Insane asylums in Bengal annual reports 1876-1887 - 1876-1887
Year: 1876
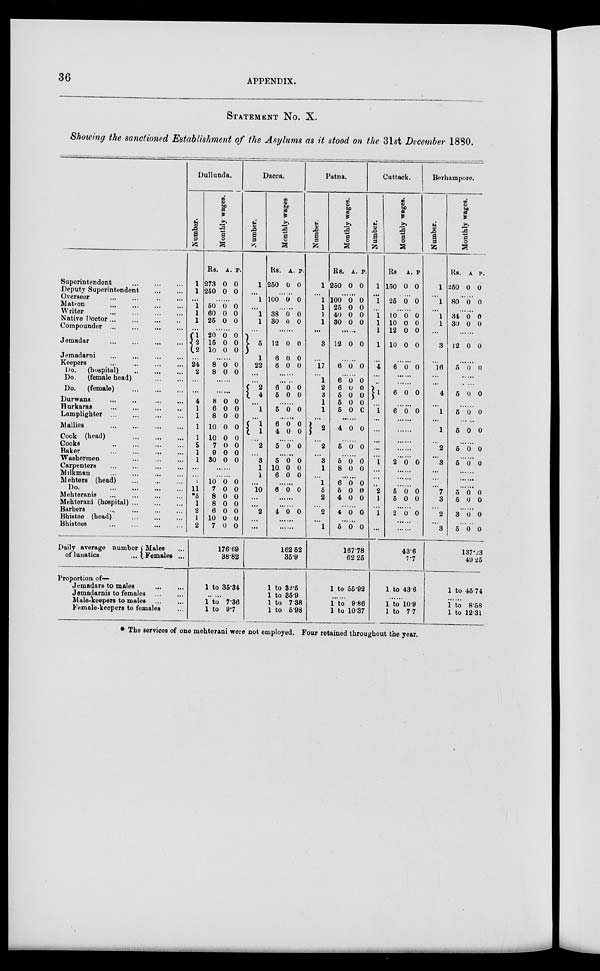
36
APPENDIX.
STATEMENT No. X.
Showing the sanctioned Establishment of the Asylums as it stood on the 31st December 1880.
Superintendent
...
...
...
...
Deputy Superintendent ... ...
Overseer ... ... ... ...
Matron
...
...
...
...
Writer
...
...
...
...
Native Doctor ... ... ... ...
Compounder ...
...
Jemadar ... ... ... ...
Jemadarni ... ... ... ...
Keepers ... ... ... ...
Do.
(hospital) ... ... ...
Do.
(female head) ... ... ...
Do.
(female)
...
...
...
...
Durwans
...
...
...
...
Hurkaras
...
...
...
...
Lamplighter ... ... ... ...
Mallies
...
...
...
...
Cook (head) ... ... ...
Cooks
...
...
...
...
Baker
...
...
...
...
Washermen ... ... ...
Carpenters
...
...
Milkman ... ... ... ...
Mehters (head) ... ... ...
Do.
...
...
...
...
Mehteranis
...
...
...
...
Mehterani (hospital) ... ... ...
Barbers
...
...
...
...
Bhistee (head)
...
...
...
...
Bhistees ... ... ... ...
Dullunda.
Number.
1
1
...
1
1
1
...
1
2 2
...
24
2
...
...
4
1
1
1
1
2
1
1
...
...
1
11
*5
1
2
1
2
Monthly wages.
Rs.
273
250
A.
0
0
P.
0
0
......
50
60
25
0
0
0
0
0
0
......
20
15
10
0
0
0
0
0
0
......
8
8
0
0
0
0
......
......
8
6
8
10
10
7
9
30
0
0
0
0
0
0
0
0
0
0
0
0
0
0
0
0
......
......
10
7
8
8
6
10
7
0
0
0
0
0
0
0
0
0
0
0
0
0
0
Dacca.
Number.
1
...
1
...
1
1
...
5
1
22
...
...
2
4
...
1
...
1
1
...
2
...
3
1
1
...
10
...
...
2
...
...
Monthly wages
Rs.
250
A.
0
P.
0
......
100 0 0
......
38
30
0
0
0
0
......
12
6
6
0
0
0
0
0
0
......
6
6
0
0
0
0
......
5 0 0
......
6
4
0
0
0
0
......
5 0 0
......
6
10
6
0
0
0
0
0
0
......
6 0 0
......
......
4 0 0
......
......
Patna.
Number.
1
...
1
1
1
1
...
3
...
17
...
1
2
3
1
1
... 2
...
2
...
3
1
...
1
5
2
...
2
...
1
Monthly wages.
Rs.
250
A.
0
P.
0
......
100
25
40
30
0
0
0
0
0
0
0
0
......
12 0 0
... ...
6 0 0
......
6
6
5
5
6
0
0
0
0
0
0
0
0
0
0
......
4 0 0
......
5 0 0
......
5
8
0
0
0
0
......
6
5
4
0
0
0
0
0
0
......
4 0 0
......
5 0 0
Cuttack.
Number.
1
...
1
...
1
1
1
1
...
4
...
...
1
...
1
...
...
...
...
...
...
1
...
...
...
2
1
...
1
...
...
Monthly wages.
Rs
150
A.
0
P
0
26 0 0
......
10
10
12
10
0
0
0
0
0
0
0
0
......
6 0 0
......
......
6 0 0
......
6 0 0
......
......
......
......
......
2 0 0
......
......
......
5
5
0
0
0
0
......
2 0 0
......
......
Berhampore.
Number.
1
...
1
...
1
1
...
3
16
...
...
4
...
1
...
1
...
2
...
3
...
...
...
7
3
...
2
...
3
Monthly wages.
Rs.
260
A
0
P.
0
......
80 0 0
......
34
30
0
0
0
0
......
12 0 0
......
5 0 0
......
5 0 0
......
5 0 0
5 0 0
......
5 0 0
......
5 0 0
......
......
......
5
5
0
0
0
0
......
3 0 0
5 0 0
Daily average number
of lunatics ...
Males ...
Females ...
Proportion of—
Jemadars to males ... ...
Jemadarnis to females ... ...
Male-Keepers to males
...
...
Female-keepers to females ...
176.69
38.82
1 to 35.34
.. ...
1 to 7.36
1 to 9.7
162.52
35.9
1 to 32.5
1 to 35.9
1 to 7.38
1 to 5.98
167.78
62.25
1 to 55.92
......
1 to 9.86
1 to 10.37
43.6
7.7
1 to 43.6
......
1 to 10.9
1 to 77
137.23
49.25
1 to 45.74
......
1 to 8.68
1 to 12.31
* The services of one mehterani were not employed. Four retained throughout the year.